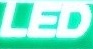
LED